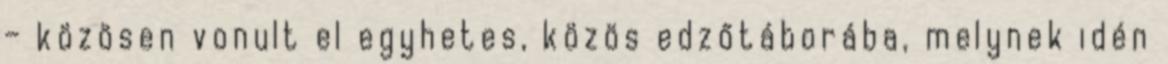
– közösen vonult el egyhetes, közös edzőtáborába, melynek idén